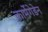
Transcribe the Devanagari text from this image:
कार्मेगेडेन